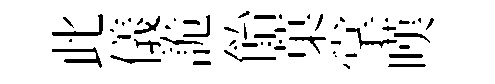
此儀詭飴菓掌嘆